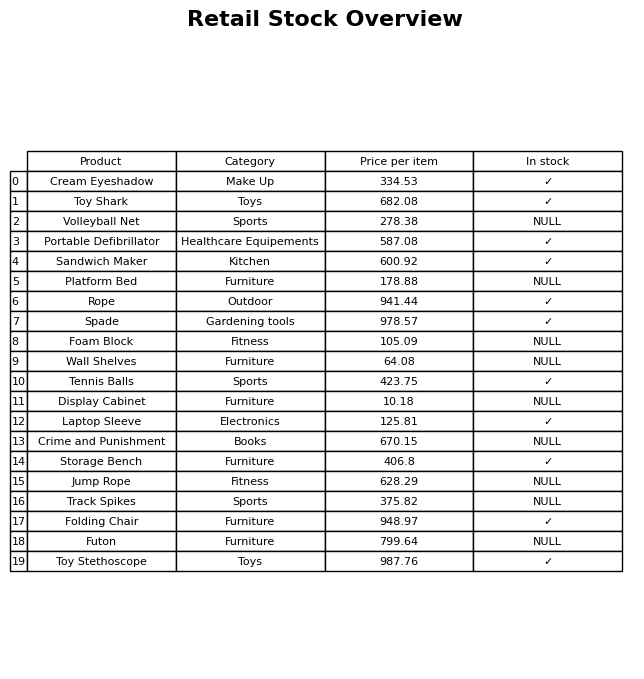
question: What is the stock status of the Sandwich Maker?
answer: ✓